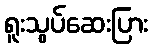
ရူးသွပ်ဆေးပြား